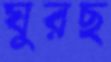
ঘুরছ